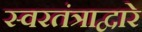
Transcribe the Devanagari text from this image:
स्वरतंत्राद्वारे